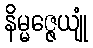
နိမ္မဇ္ဇေယျုံ